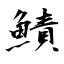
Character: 鰿